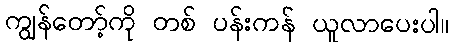
ကျွန်တော့်ကို တစ် ပန်းကန် ယူလာပေးပါ။